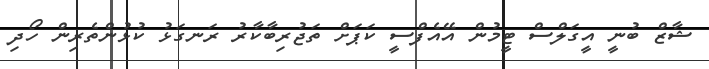
ޝާޒް ބުނީ އީގަލްސް ޓީމުން އޭއެފްސީ ކަޕަށް ތަޖުރިބާކާރު ރަނގަޅު ކުޅުންތެރިން ހޯދި